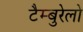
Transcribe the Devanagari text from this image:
टैम्बुरेलो